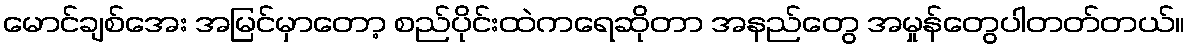
မောင်ချစ်အေး အမြင်မှာတော့ စည်ပိုင်းထဲကရေဆိုတာ အနည်တွေ အမှုန်တွေပါတတ်တယ်။